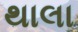
થાલા